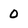
Character: 0